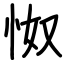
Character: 怓